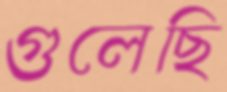
গুলেছি